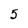
Character: 5